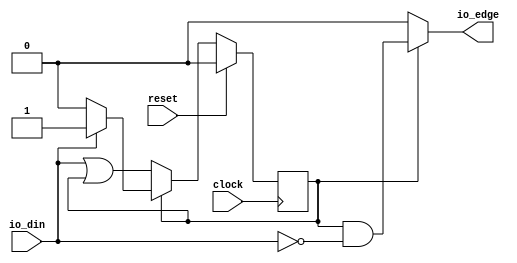
`timescale 1ns / 1ps
//////////////////////////////////////////////////////////////////////////////////
// Company: 
// Engineer: 
// 
// Design Name: 
// Module Name: spi
// Project Name: 
// Target Devices: 
// Tool Versions: 
// Description: 
// 
// Dependencies: 
// 
// Revision:
// Revision 0.01 - File Created
// Additional Comments:
// 
//////////////////////////////////////////////////////////////////////////////////

module EdgeDetect(
  input   clock,
  input   reset,
  input   io_din,
  output  io_edge
);
`ifdef RANDOMIZE_REG_INIT
  reg [31:0] _RAND_0;
`endif // RANDOMIZE_REG_INIT
  reg  stateReg; // @[EdgeDetect.scala 17:25]
  wire  _T = ~stateReg; // @[Conditional.scala 37:30]
  wire  _GEN_0 = io_din | stateReg; // @[EdgeDetect.scala 24:20]
  wire  _T_2 = ~io_din; // @[EdgeDetect.scala 33:13]
  wire  _GEN_4 = stateReg & _T_2; // @[Conditional.scala 39:67]
  assign io_edge = _T ? 1'h0 : _GEN_4; // @[EdgeDetect.scala 19:11 EdgeDetect.scala 36:19]
`ifdef RANDOMIZE_GARBAGE_ASSIGN
`define RANDOMIZE
`endif
`ifdef RANDOMIZE_INVALID_ASSIGN
`define RANDOMIZE
`endif
`ifdef RANDOMIZE_REG_INIT
`define RANDOMIZE
`endif
`ifdef RANDOMIZE_MEM_INIT
`define RANDOMIZE
`endif
`ifndef RANDOM
`define RANDOM $random
`endif
`ifdef RANDOMIZE_MEM_INIT
  integer initvar;
`endif
`ifndef SYNTHESIS
`ifdef FIRRTL_BEFORE_INITIAL
`FIRRTL_BEFORE_INITIAL
`endif
initial begin
  `ifdef RANDOMIZE
    `ifdef INIT_RANDOM
      `INIT_RANDOM
    `endif
    `ifndef VERILATOR
      `ifdef RANDOMIZE_DELAY
        #`RANDOMIZE_DELAY begin end
      `else
        #0.002 begin end
      `endif
    `endif
`ifdef RANDOMIZE_REG_INIT
  _RAND_0 = {1{`RANDOM}};
  stateReg = _RAND_0[0:0];
`endif // RANDOMIZE_REG_INIT
  `endif // RANDOMIZE
end // initial
`ifdef FIRRTL_AFTER_INITIAL
`FIRRTL_AFTER_INITIAL
`endif
`endif // SYNTHESIS
  always @(posedge clock) begin
    if (reset) begin
      stateReg <= 1'h0;
    end else if (_T) begin
      stateReg <= _GEN_0;
    end else if (stateReg) begin
      if (_T_2) begin
        stateReg <= 1'h0;
      end
    end
  end
endmodule
module ShiftRegister(
  input        clock,
  input        reset,
  input        io_in,
  input        io_enable,
  output [7:0] io_out
);
`ifdef RANDOMIZE_REG_INIT
  reg [31:0] _RAND_0;
  reg [31:0] _RAND_1;
  reg [31:0] _RAND_2;
  reg [31:0] _RAND_3;
  reg [31:0] _RAND_4;
  reg [31:0] _RAND_5;
  reg [31:0] _RAND_6;
  reg [31:0] _RAND_7;
`endif // RANDOMIZE_REG_INIT
  reg  registers_0; // @[ShiftRegister.scala 21:26]
  reg  registers_1; // @[ShiftRegister.scala 21:26]
  reg  registers_2; // @[ShiftRegister.scala 21:26]
  reg  registers_3; // @[ShiftRegister.scala 21:26]
  reg  registers_4; // @[ShiftRegister.scala 21:26]
  reg  registers_5; // @[ShiftRegister.scala 21:26]
  reg  registers_6; // @[ShiftRegister.scala 21:26]
  reg  registers_7; // @[ShiftRegister.scala 21:26]
  wire [7:0] _T_8 = {registers_0,registers_1,registers_2,registers_3,registers_4,registers_5,registers_6,registers_7}; // @[Cat.scala 29:58]
  wire [7:0] _T_12 = {{4'd0}, _T_8[7:4]}; // @[Bitwise.scala 103:31]
  wire [7:0] _T_14 = {_T_8[3:0], 4'h0}; // @[Bitwise.scala 103:65]
  wire [7:0] _T_16 = _T_14 & 8'hf0; // @[Bitwise.scala 103:75]
  wire [7:0] _T_17 = _T_12 | _T_16; // @[Bitwise.scala 103:39]
  wire [7:0] _GEN_8 = {{2'd0}, _T_17[7:2]}; // @[Bitwise.scala 103:31]
  wire [7:0] _T_22 = _GEN_8 & 8'h33; // @[Bitwise.scala 103:31]
  wire [7:0] _T_24 = {_T_17[5:0], 2'h0}; // @[Bitwise.scala 103:65]
  wire [7:0] _T_26 = _T_24 & 8'hcc; // @[Bitwise.scala 103:75]
  wire [7:0] _T_27 = _T_22 | _T_26; // @[Bitwise.scala 103:39]
  wire [7:0] _GEN_9 = {{1'd0}, _T_27[7:1]}; // @[Bitwise.scala 103:31]
  wire [7:0] _T_32 = _GEN_9 & 8'h55; // @[Bitwise.scala 103:31]
  wire [7:0] _T_34 = {_T_27[6:0], 1'h0}; // @[Bitwise.scala 103:65]
  wire [7:0] _T_36 = _T_34 & 8'haa; // @[Bitwise.scala 103:75]
  assign io_out = _T_32 | _T_36; // @[ShiftRegister.scala 32:12]
`ifdef RANDOMIZE_GARBAGE_ASSIGN
`define RANDOMIZE
`endif
`ifdef RANDOMIZE_INVALID_ASSIGN
`define RANDOMIZE
`endif
`ifdef RANDOMIZE_REG_INIT
`define RANDOMIZE
`endif
`ifdef RANDOMIZE_MEM_INIT
`define RANDOMIZE
`endif
`ifndef RANDOM
`define RANDOM $random
`endif
`ifdef RANDOMIZE_MEM_INIT
  integer initvar;
`endif
`ifndef SYNTHESIS
`ifdef FIRRTL_BEFORE_INITIAL
`FIRRTL_BEFORE_INITIAL
`endif
initial begin
  `ifdef RANDOMIZE
    `ifdef INIT_RANDOM
      `INIT_RANDOM
    `endif
    `ifndef VERILATOR
      `ifdef RANDOMIZE_DELAY
        #`RANDOMIZE_DELAY begin end
      `else
        #0.002 begin end
      `endif
    `endif
`ifdef RANDOMIZE_REG_INIT
  _RAND_0 = {1{`RANDOM}};
  registers_0 = _RAND_0[0:0];
  _RAND_1 = {1{`RANDOM}};
  registers_1 = _RAND_1[0:0];
  _RAND_2 = {1{`RANDOM}};
  registers_2 = _RAND_2[0:0];
  _RAND_3 = {1{`RANDOM}};
  registers_3 = _RAND_3[0:0];
  _RAND_4 = {1{`RANDOM}};
  registers_4 = _RAND_4[0:0];
  _RAND_5 = {1{`RANDOM}};
  registers_5 = _RAND_5[0:0];
  _RAND_6 = {1{`RANDOM}};
  registers_6 = _RAND_6[0:0];
  _RAND_7 = {1{`RANDOM}};
  registers_7 = _RAND_7[0:0];
`endif // RANDOMIZE_REG_INIT
  `endif // RANDOMIZE
end // initial
`ifdef FIRRTL_AFTER_INITIAL
`FIRRTL_AFTER_INITIAL
`endif
`endif // SYNTHESIS
  always @(posedge clock) begin
    if (reset) begin
      registers_0 <= 1'h0;
    end else if (io_enable) begin
      registers_0 <= io_in;
    end
    if (reset) begin
      registers_1 <= 1'h0;
    end else if (io_enable) begin
      registers_1 <= registers_0;
    end
    if (reset) begin
      registers_2 <= 1'h0;
    end else if (io_enable) begin
      registers_2 <= registers_1;
    end
    if (reset) begin
      registers_3 <= 1'h0;
    end else if (io_enable) begin
      registers_3 <= registers_2;
    end
    if (reset) begin
      registers_4 <= 1'h0;
    end else if (io_enable) begin
      registers_4 <= registers_3;
    end
    if (reset) begin
      registers_5 <= 1'h0;
    end else if (io_enable) begin
      registers_5 <= registers_4;
    end
    if (reset) begin
      registers_6 <= 1'h0;
    end else if (io_enable) begin
      registers_6 <= registers_5;
    end
    if (reset) begin
      registers_7 <= 1'h0;
    end else if (io_enable) begin
      registers_7 <= registers_6;
    end
  end
endmodule

module Synchronizer(
    input SPI_clock,
    input clock,
    
    output SPI_clock_synced
);
    reg [1:0] temp;
    always @(posedge clock)
        temp = SPI_clock;
        
    assign SPI_clock_synced = temp;
endmodule

module SPISlave(
  input        clock,
  input        reset,
  input        io_SPISignals_SCLK,
  input        io_SPISignals_MOSI,
  input        io_SPISignals_SS,
  
  output [7:0] io_currentByte,
  output       io_isCurrentlyReading
);
  wire  edgeDetect_clock; // @[SPISlave.scala 18:26]
  wire  edgeDetect_reset; // @[SPISlave.scala 18:26]
  wire  edgeDetect_io_din; // @[SPISlave.scala 18:26]
  wire  edgeDetect_io_edge; // @[SPISlave.scala 18:26]
  wire  shiftRegister_clock; // @[SPISlave.scala 21:29]
  wire  shiftRegister_reset; // @[SPISlave.scala 21:29]
  wire  shiftRegister_io_in; // @[SPISlave.scala 21:29]
  wire  shiftRegister_io_enable; // @[SPISlave.scala 21:29]
  wire [7:0] shiftRegister_io_out; // @[SPISlave.scala 21:29]
  wire  _T = ~io_SPISignals_SS; // @[SPISlave.scala 29:9]
  wire  _GEN_0 = edgeDetect_io_edge; // @[SPISlave.scala 31:31]
  wire  _GEN_1 = edgeDetect_io_edge & io_SPISignals_MOSI; // @[SPISlave.scala 31:31]
  
  wire SPI_synced;
  
  Synchronizer synchronizer (
    .clock(clock),
    .SPI_clock(io_SPISignals_SCLK),
    .SPI_clock_synced(SPI_synced)
  );
  
  
  EdgeDetect edgeDetect ( // @[SPISlave.scala 18:26]
    .clock(edgeDetect_clock),
    .reset(edgeDetect_reset),
    .io_din(edgeDetect_io_din),
    .io_edge(edgeDetect_io_edge)
  );
  
  ShiftRegister shiftRegister ( // @[SPISlave.scala 21:29]
    .clock(shiftRegister_clock),
    .reset(shiftRegister_reset),
    .io_in(shiftRegister_io_in),
    .io_enable(shiftRegister_io_enable),
    .io_out(shiftRegister_io_out)
  );
  
  assign io_currentByte = shiftRegister_io_out; // @[SPISlave.scala 25:18]
  assign io_isCurrentlyReading = ~io_SPISignals_SS; // @[SPISlave.scala 16:25 SPISlave.scala 30:27]
  assign edgeDetect_clock = clock;
  assign edgeDetect_reset = reset;
  assign edgeDetect_io_din = SPI_synced; // @[SPISlave.scala 19:21]
  assign shiftRegister_clock = clock;
  assign shiftRegister_reset = reset;
  assign shiftRegister_io_in = _T & _GEN_1; // @[SPISlave.scala 23:23 SPISlave.scala 33:27]
  assign shiftRegister_io_enable = _T & _GEN_0; // @[SPISlave.scala 22:27 SPISlave.scala 32:31]-

endmodule